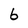
Character: 6